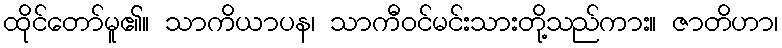
ထိုင်တော်မူ၏။ သာကိယာပန၊ သာကီဝင်မင်းသားတို့သည်ကား။ ဇာတိဟာ၊